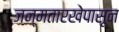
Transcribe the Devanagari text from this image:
जन्मतारखेपासून